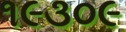
૧૯૩૦૯